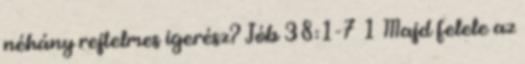
néhány rejtelmes igerész? Jób 38:1-7 1 Majd felele az